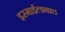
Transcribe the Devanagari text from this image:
इस्माईलाबाद